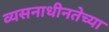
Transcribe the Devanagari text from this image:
व्यसनाधीनतेच्या